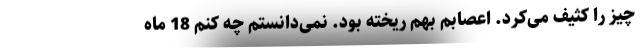
چیز را کثیف می‌کرد. اعصابم بهم ریخته بود. نمی‌دانستم چه کنم 18 ماه